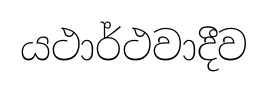
යථාර්ථවාදීව